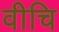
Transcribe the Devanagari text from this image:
वीचि